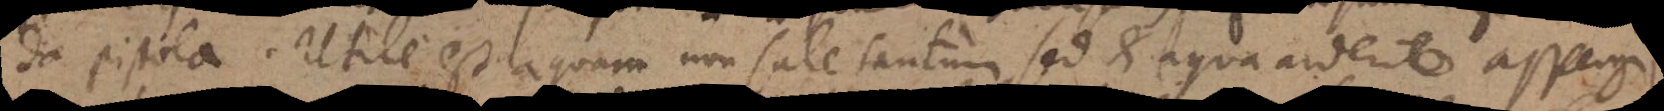
da pistola. Utile est aquam non sale tantum sed et aqua ardente aspergi,